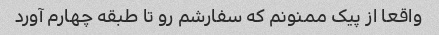
واقعا از پیک ممنونم که سفارشم رو تا طبقه چهارم آورد